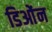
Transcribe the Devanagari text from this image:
डिओंन